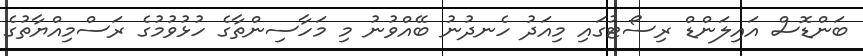
ބަންޑޮސް އައިލަންޑް ރިސޯޓުގައި މިއަދު ހެނދުނު ބޭއްވުނު މި މަހާސިންތާގެ ހުޅުވުމުގެ ރަސްމިއްޔާތުގެ